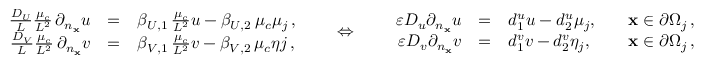
\begin{array} { r c l } { \frac { D _ { U } } { L } \frac { \mu _ { c } } { L ^ { 2 } } \, \partial _ { n _ { \bf x } } u } & { = } & { \beta _ { U , 1 } \, \frac { \mu _ { c } } { L ^ { 2 } } u - \beta _ { U , 2 } \, \mu _ { c } \mu _ { j } \, , } \\ { \frac { D _ { V } } { L } \frac { \mu _ { c } } { L ^ { 2 } } \, \partial _ { n _ { \bf x } } v } & { = } & { \beta _ { V , 1 } \, \frac { \mu _ { c } } { L ^ { 2 } } v - \beta _ { V , 2 } \, \mu _ { c } \eta { j } \, , } \end{array} \qquad { \Large \Leftrightarrow } \qquad \begin{array} { r c l l } { \varepsilon D _ { u } \partial _ { n _ { \bf x } } u } & { = } & { d _ { 1 } ^ { u } u - d _ { 2 } ^ { u } \mu _ { j } , \quad } & { { \bf x } \in \partial \Omega _ { j } \, , } \\ { \varepsilon D _ { v } \partial _ { n _ { \bf x } } v } & { = } & { d _ { 1 } ^ { v } v - d _ { 2 } ^ { v } \eta _ { j } , } & { { \bf x } \in \partial \Omega _ { j } \, , } \end{array}